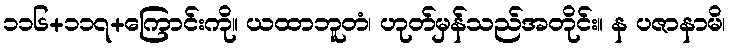
၁၁၆+၁၁၇+ကြောင်းကို။ ယထာဘူတံ၊ ဟုတ်မှန်သည်အတိုင်း။ န ပဇာနာမိ၊